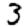
Digit: 3